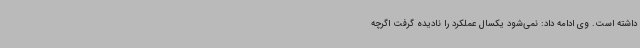
داشته است. وی ادامه داد: نمی‌شود یکسال عملکرد را نادیده گرفت اگرچه